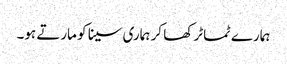
ہمارے ٹماٹر کھا کر ہماری سینا کو مارتے ہو۔